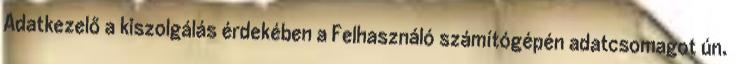
Adatkezelő a kiszolgálás érdekében a Felhasználó számítógépén adatcsomagot ún.